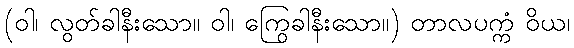
(ဝါ၊ လွတ်ခါနီးသော။ ဝါ၊ ကြွေခါနီးသော။) တာလပက္ကံ ဝိယ၊